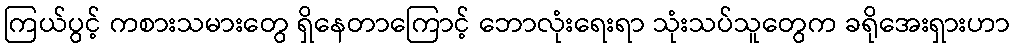
ကြယ်ပွင့် ကစားသမားတွေ ရှိနေတာကြောင့် ဘောလုံးရေးရာ သုံးသပ်သူတွေက ခရိုအေးရှားဟာ